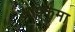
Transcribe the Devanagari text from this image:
आइकुमा